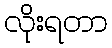
လိုးရတာ